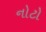
નોટો